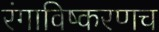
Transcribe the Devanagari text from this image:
रंगाविष्करणच